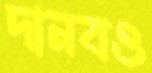
দানবও